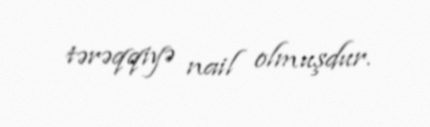
tərəqqiyə nail olmuşdur.